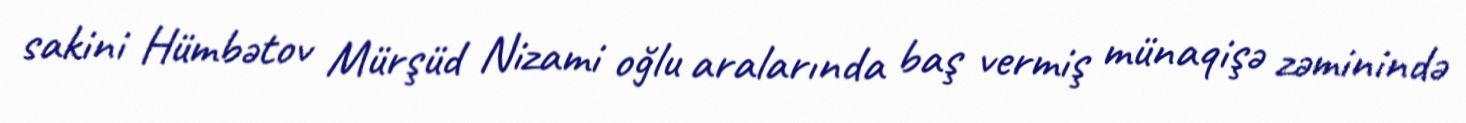
sakini Hümbətov Mürşüd Nizami oğlu aralarında baş vermiş münaqişə zəminində